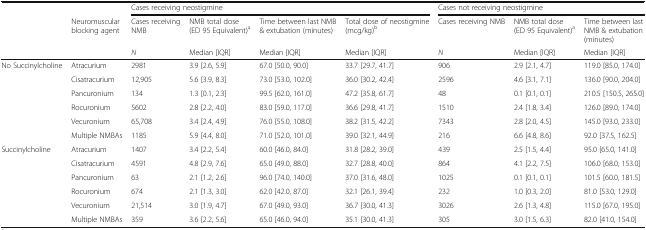
<table><thead><tr><td rowspan="3"></td><td></td><td colspan="4"><b>Cases receiving neostigmine</b></td><td colspan="3"><b>Cases not receiving neostigmine</b></td></tr><tr><td rowspan="2"><b>Neuromuscular blocking agent</b></td><td><b>Cases receiving NMB</b></td><td><b>NMB total dose (ED 95 Equivalent)<sup>a</sup></b></td><td><b>Time between last NMB &amp; extubation (minutes)</b></td><td><b>Total dose of neostigmine (mcg/kg)<sup>b</sup></b></td><td><b>Cases receiving NMB</b></td><td><b>NMB total dose (ED 95 Equivalent)<sup>a</sup></b></td><td><b>Time between last NMB &amp; extubation (minutes)</b></td></tr><tr><td><b><i>N</i></b></td><td><b>Median [IQR]</b></td><td><b>Median [IQR]</b></td><td><b>Median [IQR]</b></td><td><b><i>N</i></b></td><td><b>Median [IQR]</b></td><td><b>Median [IQR]</b></td></tr></thead><tbody><tr><td rowspan="6">No Succinylcholine</td><td>Atracurium</td><td>2981</td><td>3.9 [2.6, 5.9]</td><td>67.0 [50.0, 90.0]</td><td>33.7 [29.7, 41.7]</td><td>906</td><td>2.9 [2.1, 4.7]</td><td>119.0 [85.0, 174.0]</td></tr><tr><td>Cisatracurium</td><td>12,905</td><td>5.6 [3.9, 8.3]</td><td>73.0 [53.0, 102.0]</td><td>36.0 [30.2, 42.4]</td><td>2596</td><td>4.6 [3.1, 7.1]</td><td>136.0 [90.0, 204.0]</td></tr><tr><td>Pancuronium</td><td>134</td><td>1.3 [0.1, 2.3]</td><td>99.5 [62.0, 161.0]</td><td>47.2 [35.8, 61.7]</td><td>48</td><td>0.1 [0.1, 0.1]</td><td>210.5 [150.5, 265.0]</td></tr><tr><td>Rocuronium</td><td>5602</td><td>2.8 [2.2, 4.0]</td><td>83.0 [59.0, 117.0]</td><td>36.6 [29.8, 41.7]</td><td>1510</td><td>2.4 [1.8, 3.4]</td><td>126.0 [89.0, 174.0]</td></tr><tr><td>Vecuronium</td><td>65,708</td><td>3.4 [2.4, 4.9]</td><td>76.0 [55.0, 108.0]</td><td>38.2 [31.5, 42.2]</td><td>7343</td><td>2.8 [2.0, 4.5]</td><td>145.0 [93.0, 233.0]</td></tr><tr><td>Multiple NMBAs</td><td>1185</td><td>5.9 [4.4, 8.0]</td><td>71.0 [52.0, 101.0]</td><td>39.0 [32.1, 44.9]</td><td>216</td><td>6.6 [4.8, 8.6]</td><td>92.0 [37.5, 162.5]</td></tr><tr><td rowspan="6">Succinylcholine</td><td>Atracurium</td><td>1407</td><td>3.4 [2.2, 5.4]</td><td>60.0 [46.0, 84.0]</td><td>31.8 [28.2, 39.0]</td><td>439</td><td>2.5 [1.5, 4.4]</td><td>95.0 [65.0, 141.0]</td></tr><tr><td>Cisatracurium</td><td>4591</td><td>4.8 [2.9, 7.6]</td><td>65.0 [49.0, 88.0]</td><td>32.7 [28.8, 40.0]</td><td>864</td><td>4.1 [2.2, 7.5]</td><td>106.0 [68.0, 153.0]</td></tr><tr><td>Pancuronium</td><td>63</td><td>2.1 [1.2, 2.6]</td><td>96.0 [74.0, 140.0]</td><td>37.0 [31.6, 48.0]</td><td>1025</td><td>0.1 [0.1, 0.1]</td><td>101.5 [60.0, 181.5]</td></tr><tr><td>Rocuronium</td><td>674</td><td>2.1 [1.3, 3.0]</td><td>62.0 [42.0, 87.0]</td><td>32.1 [26.1, 39.4]</td><td>232</td><td>1.0 [0.3, 2.0]</td><td>81.0 [53.0, 129.0]</td></tr><tr><td>Vecuronium</td><td>21,514</td><td>3.0 [1.9, 4.7]</td><td>67.0 [49.0, 93.0]</td><td>36.7 [30.0, 41.3]</td><td>3026</td><td>2.6 [1.3, 4.8]</td><td>115.0 [67.0, 195.0]</td></tr><tr><td>Multiple NMBAs</td><td>359</td><td>3.6 [2.2, 5.6]</td><td>65.0 [46.0, 94.0]</td><td>35.1 [30.0, 41.3]</td><td>305</td><td>3.0 [1.5, 6.3]</td><td>82.0 [41.0, 154.0]</td></tr></tbody></table>